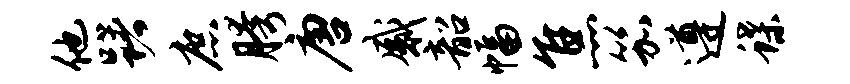
他躇庶胯唐感韶幅焦笳遵蝶